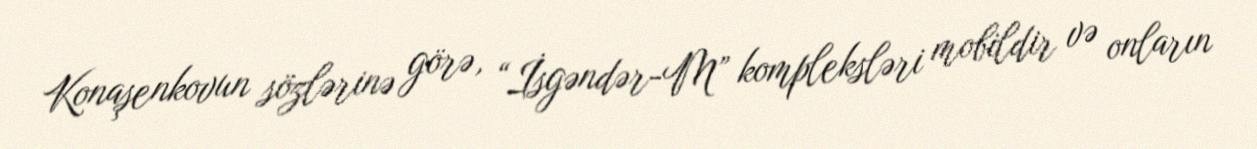
Konaşenkovun sözlərinə görə, “İsgəndər-M” kompleksləri mobildir və onların